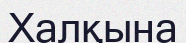
Халқына